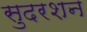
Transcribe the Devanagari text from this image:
सुदरशन